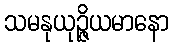
သမနုယုဉ္ဇိယမာနော